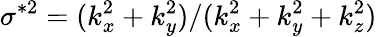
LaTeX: \sigma^{*2}=(k_{x}^{2}+k_{y}^{2})/(k_{x}^{2}+k_{y}^{2}+k_{z}^{2})